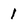
Character: 1